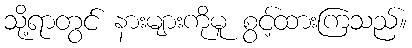
သို့ရာတွင် နားများကိုမူ စွင့်ထားကြသည်။